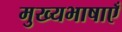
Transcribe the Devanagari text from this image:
मुख्यभाषाएँ